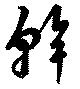
幹